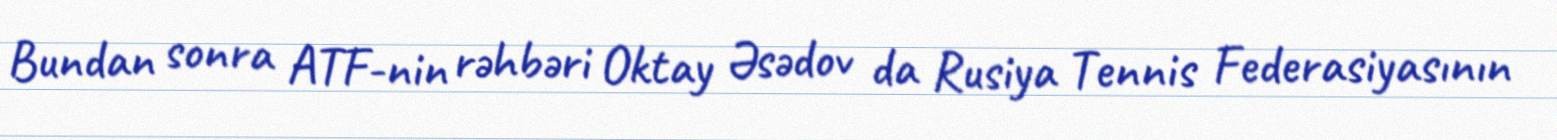
Bundan sonra ATF-nin rəhbəri Oktay Əsədov da Rusiya Tennis Federasiyasının